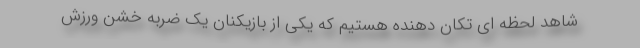
شاهد لحظه ای تکان دهنده هستیم که یکی از بازیکنان یک ضربه خشن ورزش